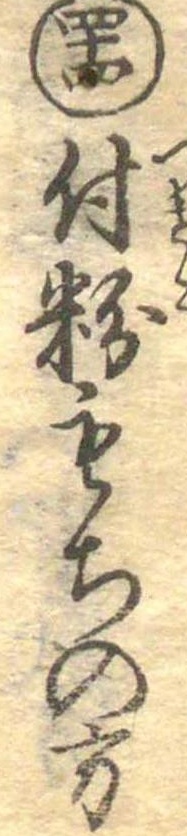
四十四付粉もちの方